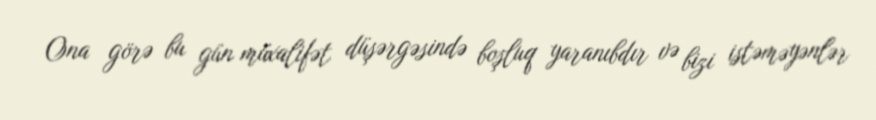
Ona görə bu gün müxalifət düşərgəsində boşluq yaranıbdır və bizi istəməyənlər